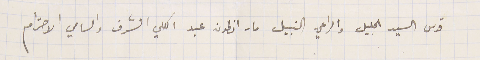
قدس السيد الجليل والراعي النبيل مار انطون عبد الكلي الشرف والسامي الاحترام